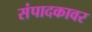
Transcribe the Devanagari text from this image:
संपादकावर